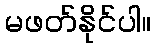
မဖတ်နိုင်ပါ။